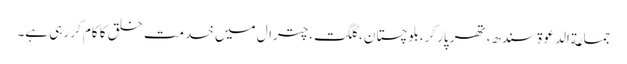
جماعة الدعوة سندھ،تھر پارکر،بلوچستان ،گلگت،چترال میں خدمت خلق کا کام کر رہی ہے۔